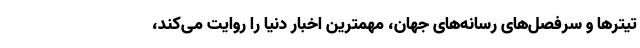
تیترها و سرفصل‌های رسانه‌های جهان، مهمترین اخبار دنیا را روایت می‌کند،